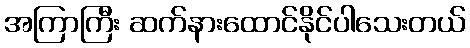
အကြာကြီး ဆက်နားထောင်နိုင်ပါသေးတယ်